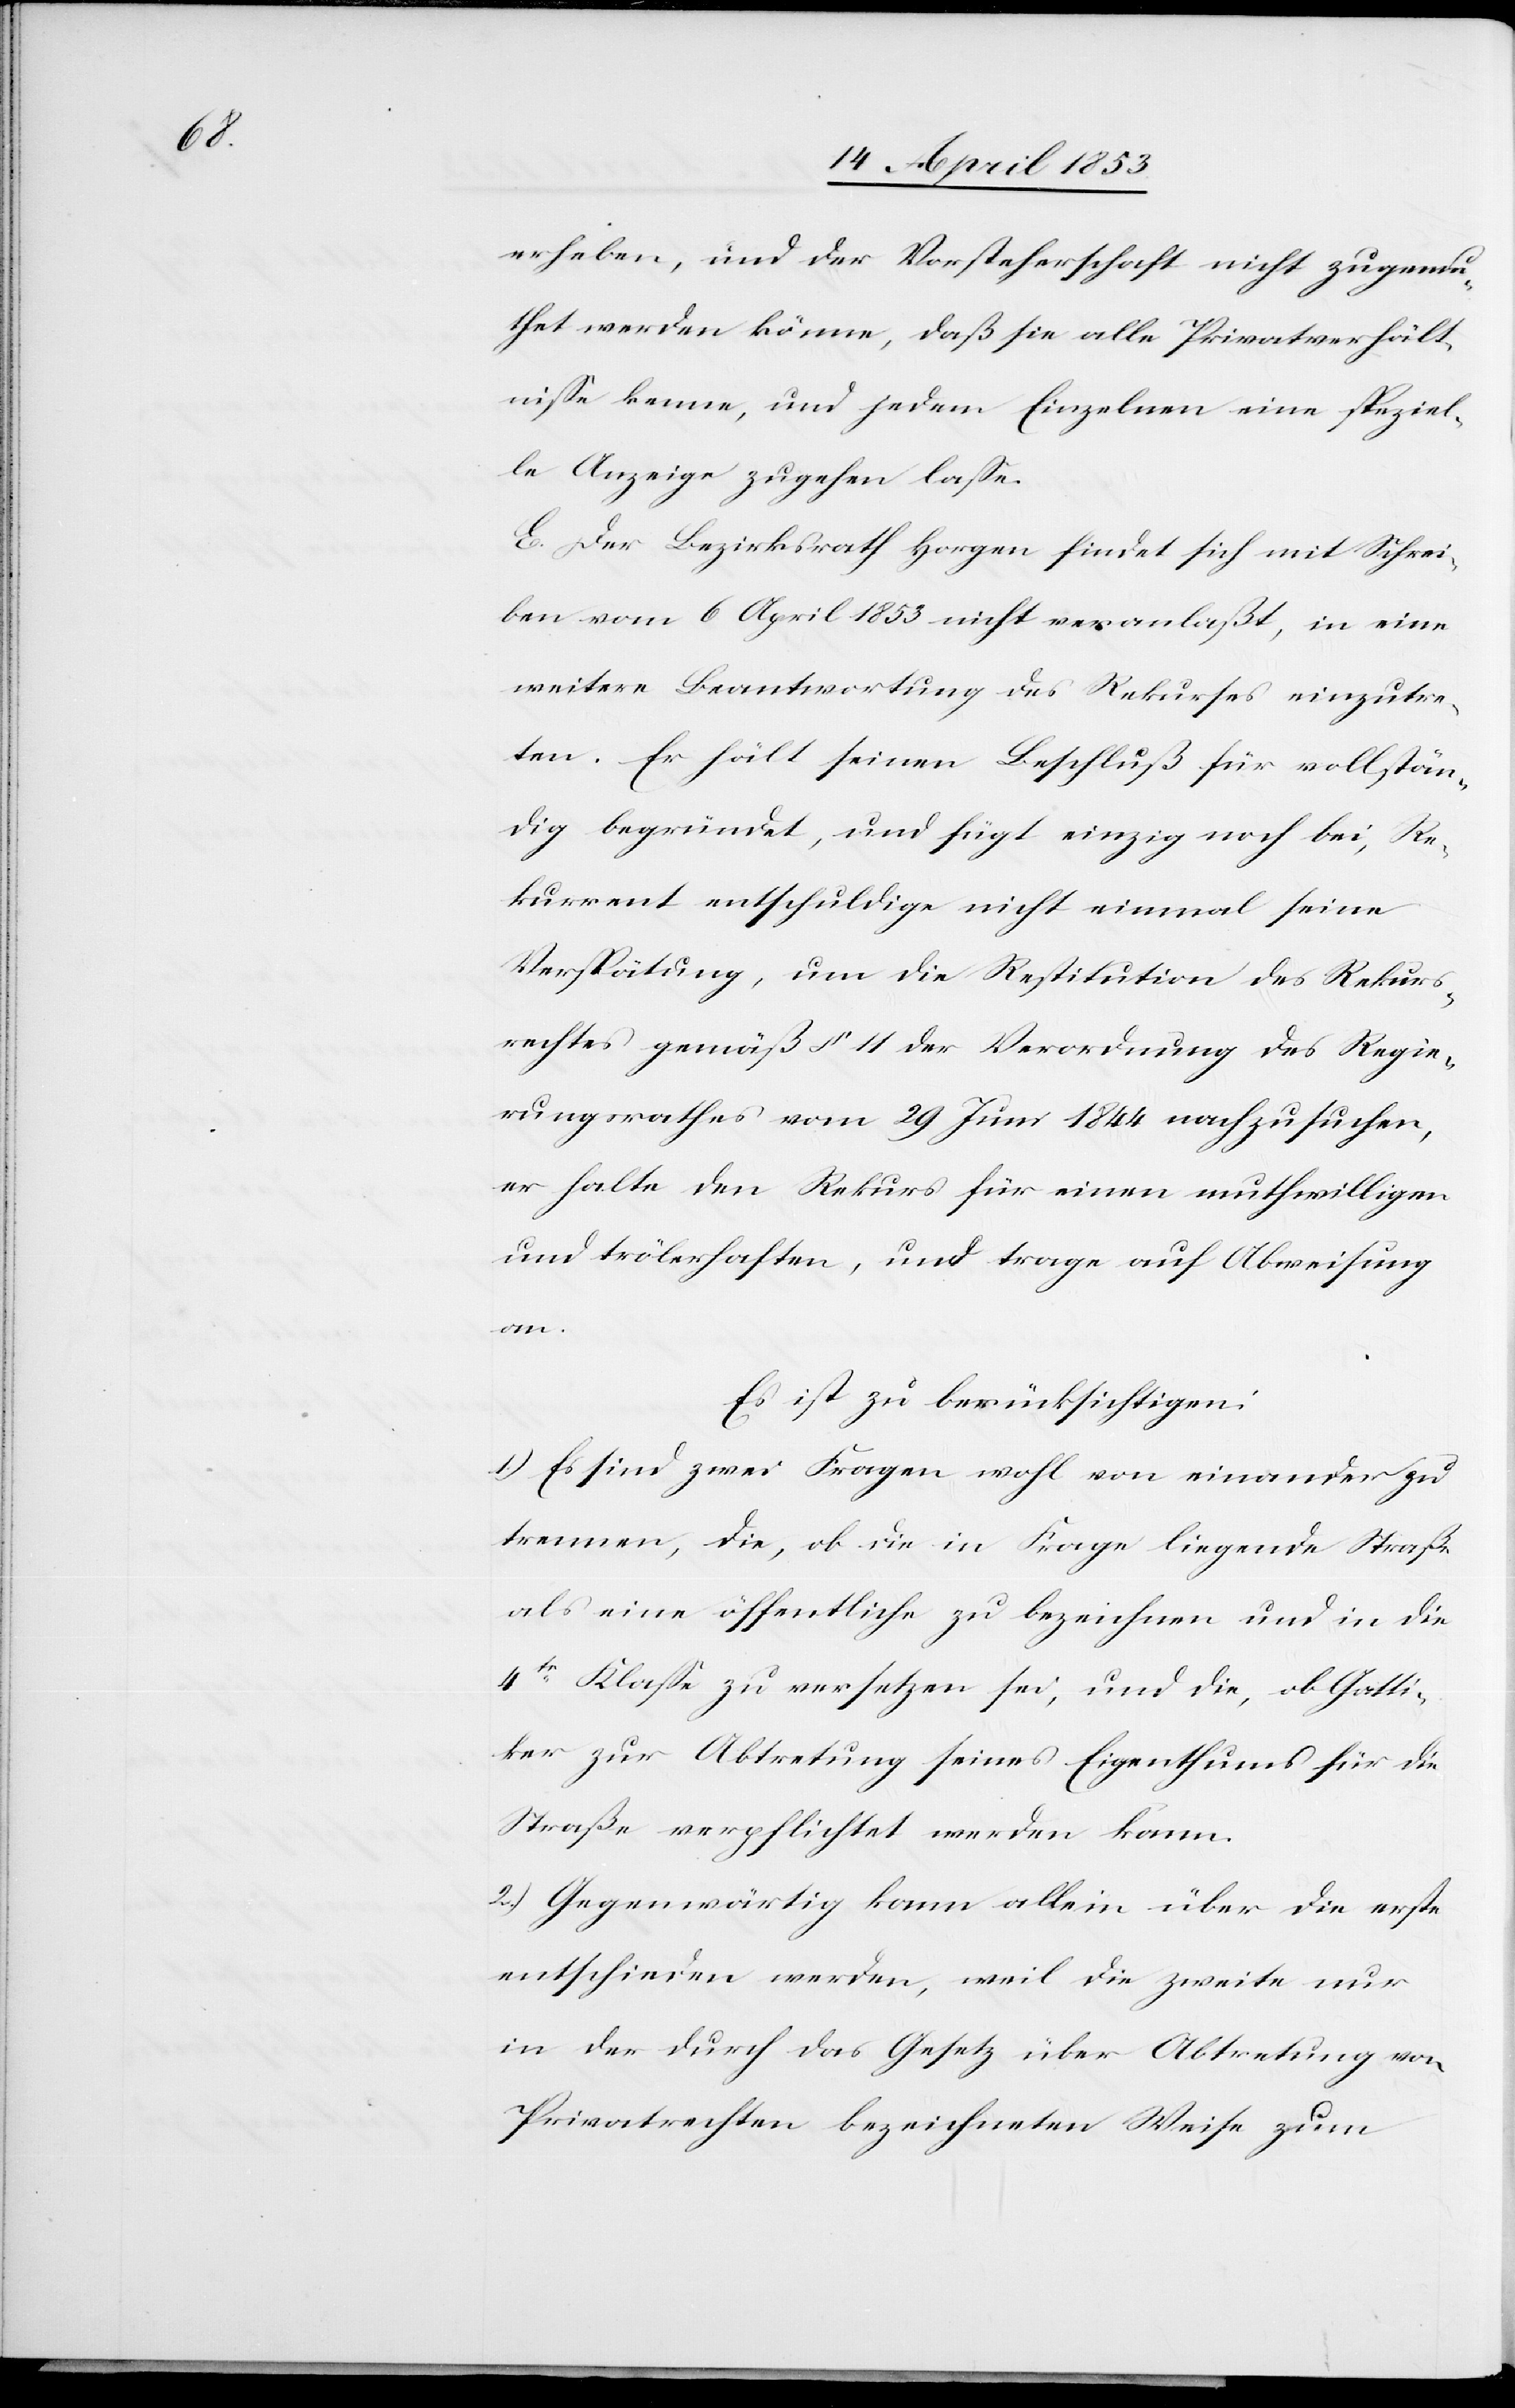
erheben, und der Vorsteherschaft nicht zugemu¬
thet werden könne, daß sie alle Privatverhält¬
niße kenne, und jedem Einzelnen eine speziel¬
le Anzeige zugehen laße.
E. Der Bezirksrath Horgen findet sich mit Schrei¬
ben vom 6 April 1853 nicht veranlaßt, in eine
weitere Beantwortung des Rekurses einzutre¬
ten. Er hält seinen Beschluß für vollstän¬
dig begründet, und fügt einzig noch bei, Re¬
kurrent entschuldige nicht einmal seine
Verspätung, um die Restitution des Rekurs¬
rechtes gemäß § 11 der Verordnung des Regie¬
rungsrathes vom 29 Juni 1844 nachzusuchen,
er halte den Rekurs für einen muthwilligen
und trölerhaften, und trage auf Abweisung
an.
Es ist zu berücksichtigen:
1.) Es sind zwei Fragen wohl von einander zu
trennen, die, ob die in Frage liegende Straße
als eine öffentliche zu bezeichnen und in die
4te. Klaße zu versetzen sei, und die, ob Gatti¬
ker zur Abtretung seines Eigenthums für die
Straße verpflichtet werden kann.
2.) Gegenwärtig kann allein über die erste
entschieden werden, weil die zweite nur
in der durch das Gesetz über Abtretung von
Privatrechten bezeichneten Weise zum